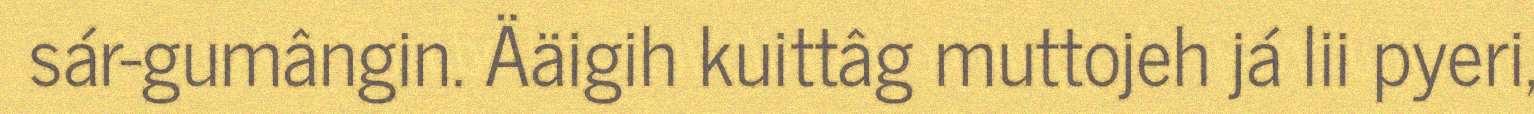
sár-gumângin. Ääigih kuittâg muttojeh já lii pyeri,